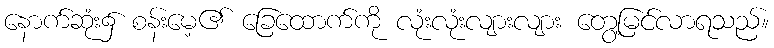
နောက်ဆုံး၌ စန်းမေ့၏ ခြေထောက်ကို လုံးလုံးလျားလျား တွေ့မြင်လာရသည်။